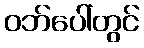
ဝဘ်ပေါ်တွင်